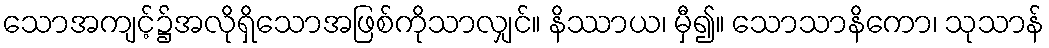
သောအကျင့်၌အလိုရှိသောအဖြစ်ကိုသာလျှင်။ နိဿာယ၊ မှီ၍။ သောသာနိကော၊ သုသာန်